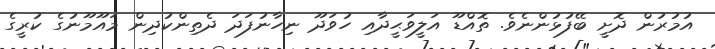
އުމުރުން ދޮށީ ބޭފުޅުންނެވެ. ތޮއްޑޫ އަލީވަޙީދާއި ހުވަދޫ ނިހާނުފަދަ ދެތިންކުދިން މައޫމޫނުގެ ކުރީގެ